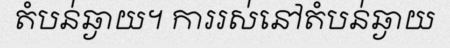
តំបន់ឆ្ងាយ។ ការរស់នៅតំបន់ឆ្ងាយ